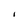
Character: I